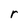
Character: r